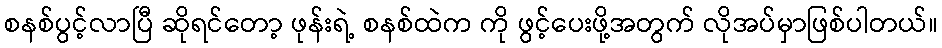
စနစ်ပွင့်လာပြီ ဆိုရင်တော့ ဖုန်းရဲ့ စနစ်ထဲက ကို ဖွင့်ပေးဖို့အတွက် လိုအပ်မှာဖြစ်ပါတယ်။